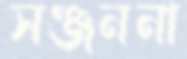
সঞ্জননা